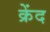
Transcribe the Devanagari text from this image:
क्रेंद